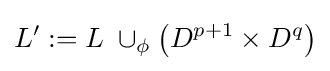
L':=L\;\cup _{\phi }\left(D^{p+1}\times D^{q}\right)